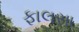
ફાલસા